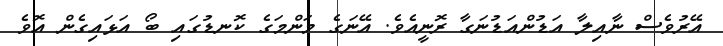
އޭރުވެސް ނާއިލާ އަޑުންއަޑުނަގާ ރޮނީއެވެ. އޭނަގެ މަންމަގެ ކޮނޑުގައި ބޯ އަޅައިގެން އޮވެ